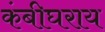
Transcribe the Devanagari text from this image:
कंबीघराय